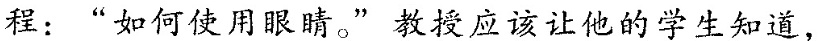
程：“如何使用眼睛”。”根授应该让他的学生知道，